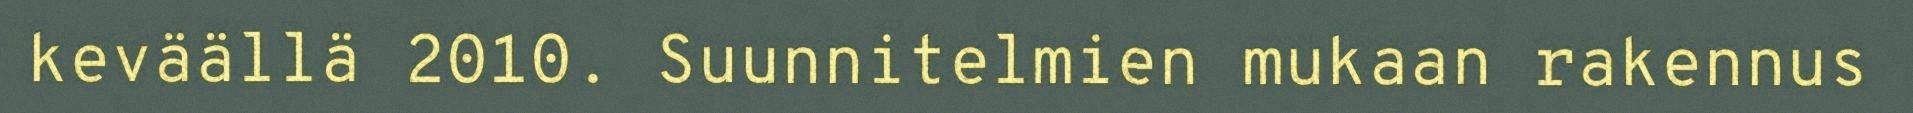
keväällä 2010. Suunnitelmien mukaan rakennus